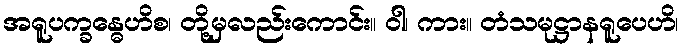
အရူပက္ခန္ဓေဟိစ၊ တို့မှလည်းကောင်း။ ဝါ၊ ကား။ တံသမုဋ္ဌာနရူပေဟိ၊